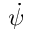
\dot { \psi }